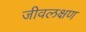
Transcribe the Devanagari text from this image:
जीवलक्षण